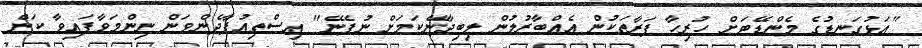
"އަޅުގަނޑުގެ މެންޑޭޓަށް ހުރިހާ ފަރާތަކުން އެއްބާރުލުން ލިބިދާނޭކަމަށް ނުފެނޭ" އިސްތިއުފާދެންވަން ނިންމަވާފައިވާ ކަން